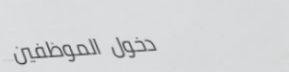
دخول الموظفين